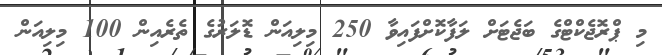
މި ޕްރޮޖެކްޓްގެ ބަޖެޓަށް ލަފާކޮށްފައިވާ 250 މިލިއަން ޑޮލަރުގެ ތެރެއިން 100 މިލިއަން